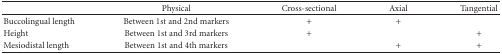
<table><thead><tr><td><b> </b></td><td><b>Physical</b></td><td><b>Cross-sectional</b></td><td><b>Axial</b></td><td><b>Tangential</b></td></tr></thead><tbody><tr><td>Buccolingual length</td><td>Between 1st and 2nd markers</td><td>+</td><td>+</td><td></td></tr><tr><td>Height</td><td>Between 1st and 3rd markers</td><td>+</td><td> </td><td>+</td></tr><tr><td>Mesiodistal length</td><td>Between 1st and 4th markers</td><td> </td><td>+</td><td>+</td></tr></tbody></table>